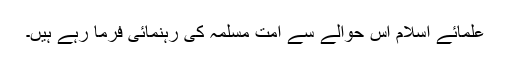
علمائے اسلام اس حوالے سے امتِ مسلمہ کی رہنمائی فرما رہے ہیں۔